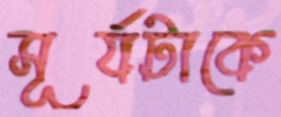
সূর্যটাকে